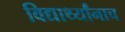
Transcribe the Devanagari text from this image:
विद्यार्थ्यांनाच